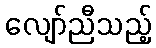
လျော်ညီသည့်